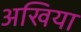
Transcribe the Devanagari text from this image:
अखिया